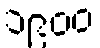
၁၉၀၀